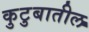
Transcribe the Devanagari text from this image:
कुटुबातील